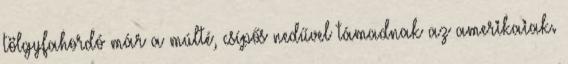
tölgyfahordó már a múlté, csípős nedűvel támadnak az amerikaiak.